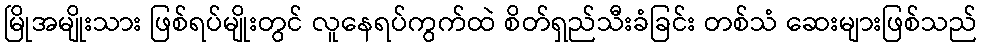
မြိုအမျိုးသား ဖြစ်ရပ်မျိုးတွင် လူနေရပ်ကွက်ထဲ စိတ်ရှည်သီးခံခြင်း တစ်သံ ဆေးများဖြစ်သည်